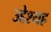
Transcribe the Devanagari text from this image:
उद्देश्यह